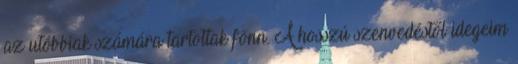
az utóbbiak számára tartottak fönn. A hosszú szenvedéstől idegeim